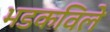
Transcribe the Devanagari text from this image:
भडकविले